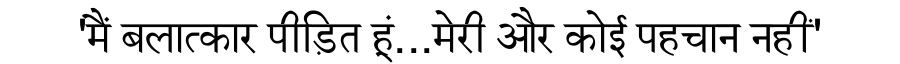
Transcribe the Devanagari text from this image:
'मैं बलात्कार पीड़ित हूं...मेरी और कोई पहचान नहीं'